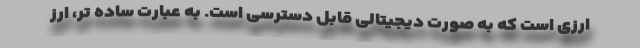
ارزی است که به صورت دیجیتالی قابل دسترسی است. به عبارت ساده تر، ارز